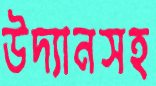
উদ্যানসহ